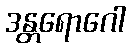
ဒန္တရောဂေါ